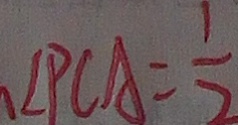
\angle P C A = \frac { 1 } { 2 }